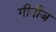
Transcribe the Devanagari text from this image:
गीनीज